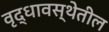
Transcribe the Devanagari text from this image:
वृद्धावस्थेतील